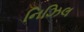
નિઝિલ